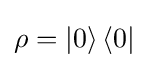
\rho =\left\vert 0\right\rangle \left\langle 0\right\vert